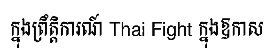
ក្នុងព្រឹត្តិការណ៍ Thai Fight ក្នុងឱកាស